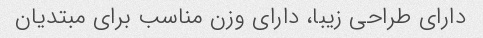
دارای طراحی زیبا، دارای وزن مناسب برای مبتدیان